Civil Veterinary Department Bengal reports 1923-33 - 1923-1933
Year: 1923
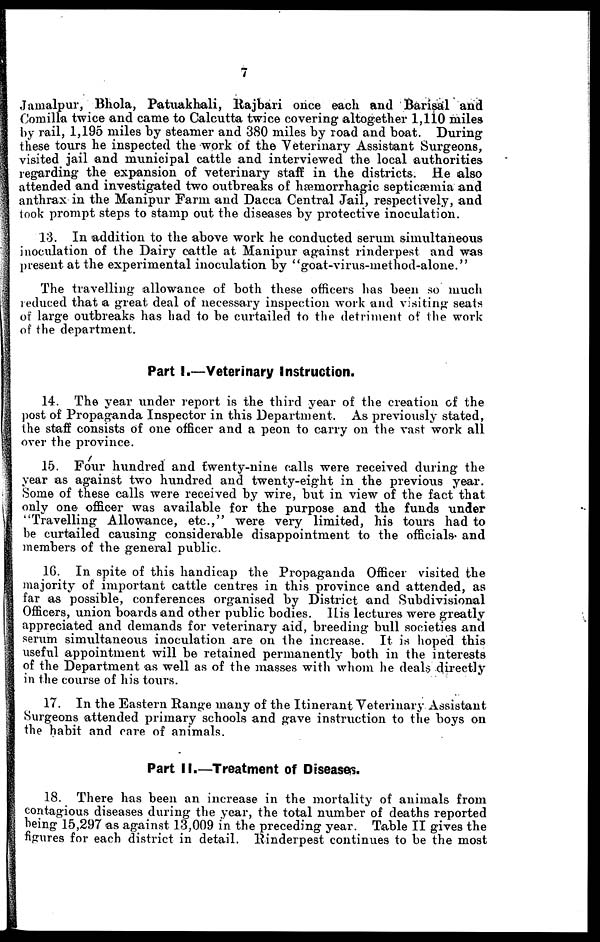
7
Jamalpur, Bhola, Patuakhali, Rajbari once each and Barisal and
Comilla twice and came to Calcutta twice covering altogether 1,110 miles
by rail, 1,195 miles by steamer and 380 miles by road and boat. During
these tours he inspected the work of the Veterinary Assistant Surgeons,
visited jail and municipal cattle and interviewed the local authorities
regarding the expansion of veterinary staff in the districts. He also
attended and investigated two outbreaks of hæmorrhagic septicæmia and
anthrax in the Manipur Farm and Dacca Central Jail, respectively, and
look prompt steps to stamp out the diseases by protective inoculation.
13. In addition to the above work he conducted serum simultaneous
inoculation of the Dairy cattle at Manipur against rinderpest and was
present at the experimental inoculation by "goat-virus-method-alone."
The travelling allowance of both these officers has been so much
reduced that a great deal of necessary inspection work and visiting seats
of large outbreaks has had to be curtailed to the detriment of the work
of the department.
Part I.—Veterinary Instruction.
14. The year under report is the third year of the creation of the
post of Propaganda Inspector in this Department. As previously stated,
the staff consists of one officer and a peon to carry on the vast work all
over the province.
15. Four hundred and twenty-nine calls were received during the
year as against two hundred and twenty-eight in the previous year.
Some of these calls were received by wire, but in view of the fact that
only one officer was available for the purpose and the funds under
"Travelling Allowance, etc.," were very limited, his tours had to
be curtailed causing considerable disappointment to the officials and
members of the general public.
16. In spite of this handicap the Propaganda Officer visited the
majority of important cattle centres in this province and attended, as
far as possible, conferences organised by District and Subdivisional
Officers, union boards and other public bodies. 1 Lis lectures were greatly
appreciated and demands for veterinary aid, breeding bull societies and
serum simultaneous inoculation are on the increase. It is hoped this
useful appointment will be retained permanently both in the interests
of the Department as well as of the masses with whom he deals directly
in the course of his tours.
17. In the Eastern Range many of the Itinerant Veterinary Assistant
Surgeons attended primary schools and gave instruction to the boys on
the habit and care of animals.
Part II.—Treatment of Diseases.
18. There has been an increase in the mortality of animals from
contagious diseases during the year, the total number of deaths reported
heing 15,297 as against 13,009 in the preceding year. Table II gives the
figures for each district in detail. Rinderpest continues to be the most